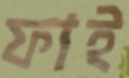
ফাই